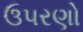
ઉપરણો